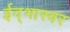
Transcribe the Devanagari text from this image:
ईद्भास्वर